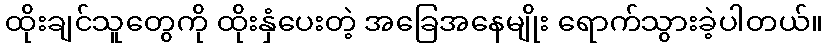
ထိုးချင်သူတွေကို ထိုးနှံပေးတဲ့ အခြေအနေမျိုး ရောက်သွားခဲ့ပါတယ်။